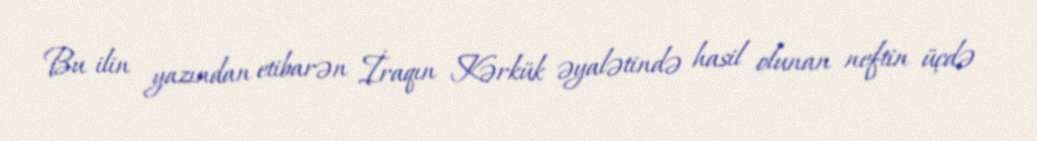
Bu ilin yazından etibarən İraqın Kərkük əyalətində hasil olunan neftin üçdə